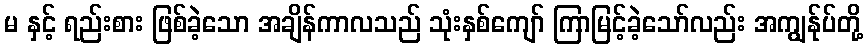
မ နှင့် ရည်းစား ဖြစ်ခဲ့သော အချိန်ကာလသည် သုံးနှစ်ကျော် ကြာမြင့်ခဲ့သော်လည်း အကျွန်ုပ်တို့